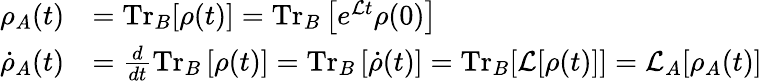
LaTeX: \begin{array}{rl}{\rho_{A}(t)}&{=\mathrm{Tr}_{B}[\rho(t)]=\mathrm{Tr}_{B}\left[e^{\mathcal{L}t}\rho(0)\right]}\\ {\dot{\rho}_{A}(t)}&{=\frac{d}{dt}\mathrm{Tr}_{B}\left[\rho(t)\right]=\mathrm{Tr}_{B}\left[\dot{\rho}(t)\right]=\mathrm{Tr}_{B}[\mathcal{L}[\rho(t)]]=\mathcal{L}_{A}[\rho_{A}(t)]}\end{array}